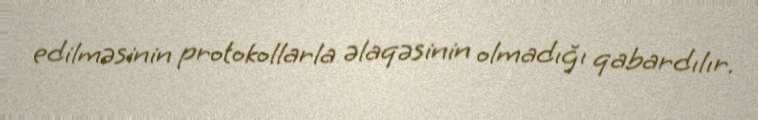
edilməsinin protokollarla əlaqəsinin olmadığı qabardılır.